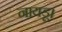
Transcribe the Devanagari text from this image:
नायडू।